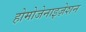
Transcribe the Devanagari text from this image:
होमोजेनाइज़ेशन